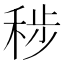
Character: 𮃊